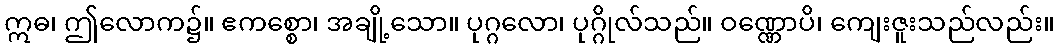
ဣဓ၊ ဤလောက၌။ ဧကစ္စော၊ အချို့သော။ ပုဂ္ဂလော၊ ပုဂ္ဂိုလ်သည်။ ဝဏ္ဏောပိ၊ ကျေးဇူးသည်လည်း။